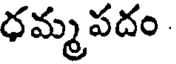
ధమ్మపదం